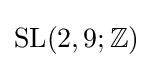
\operatorname {SL} (2,9;\mathbb {Z} )